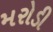
મરોડી